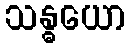
သန္ဓယော